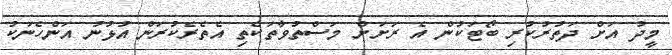
މީދު އަށް ދަތުރުކުރި ބޯޓަކުން އެ ރަށަށް މަސްތުވާތަކެތި އެތެރެކުރަން އުޅުނު އަންހެނަކު